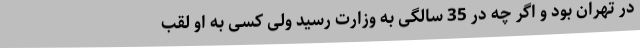
در تهران بود و اگر چه در 35 سالگی به وزارت رسید ولی کسی به او لقب